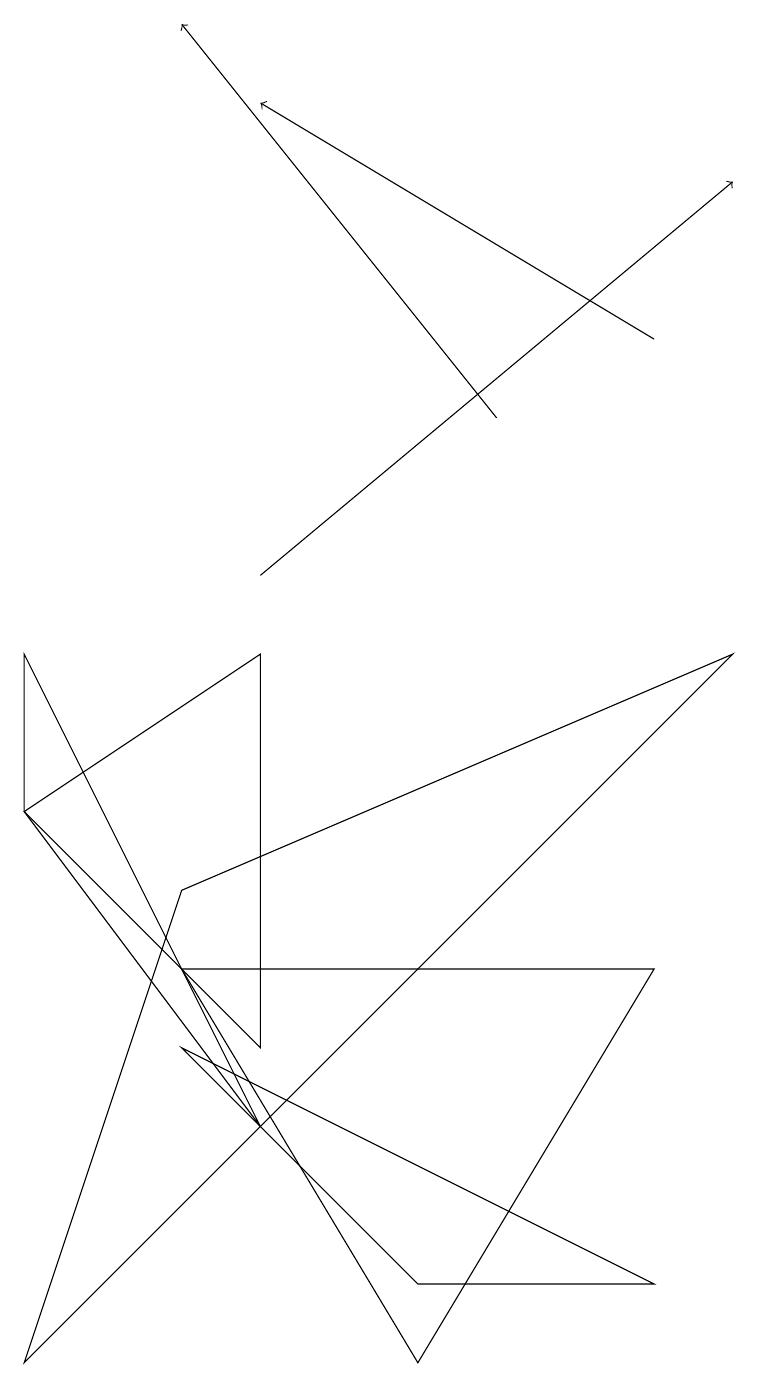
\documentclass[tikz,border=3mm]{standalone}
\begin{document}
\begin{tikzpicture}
\draw (3,4) -- (0,7) -- (3,9) -- cycle;
\draw (2,4) -- (5,1) -- (8,1) -- cycle;
\draw[->] (8,13) -- (3,16);
\draw (8,5) -- (5,0) -- (2,5) -- cycle;
\draw (0,0) -- (9,9) -- (2,6) -- cycle;
\draw (0,9) -- (0,7) -- (3,3) -- cycle;
\draw[->] (3,10) -- (9,15);
\draw[->] (6,12) -- (2,17);
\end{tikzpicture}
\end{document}